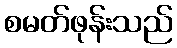
စမတ်ဖုန်းသည်